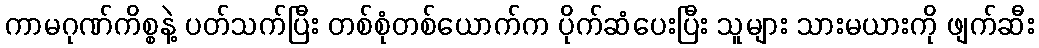
ကာမဂုဏ်ကိစ္စနဲ့ ပတ်သက်ပြီး တစ်စုံတစ်ယောက်က ပိုက်ဆံပေးပြီး သူများ သားမယားကို ဖျက်ဆီး